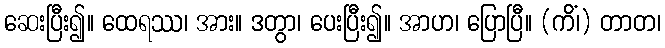
ဆေးပြီး၍။ ထေရဿ၊ အား။ ဒတွာ၊ ပေးပြီး၍။ အာဟ၊ ပြောပြီ။ (ကိံ၊) တာတ၊